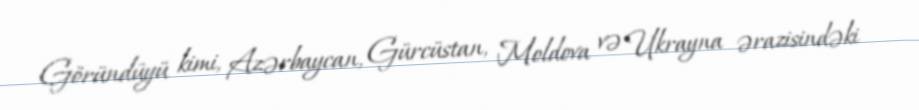
Göründüyü kimi, Azərbaycan, Gürcüstan, Moldova və Ukrayna ərazisindəki